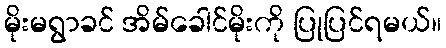
မိုးမရွာခင် အိမ်ခေါင်မိုးကို ပြုပြင်ရမယ်။